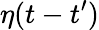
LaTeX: \eta(t-t^{\prime})